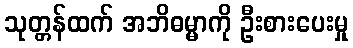
သုတ္တန်ထက် အဘိဓမ္မာကို ဦးစားပေးမှု